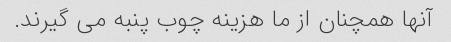
آنها همچنان از ما هزینه چوب پنبه می گیرند.